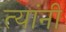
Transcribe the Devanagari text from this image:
त्‍यांंनी